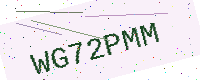
Text: WG72PMM